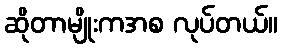
ဆိုတာမျိုးကအစ လုပ်တယ်။